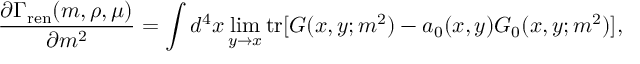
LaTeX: { \frac { \partial \Gamma _ { \mathrm { r e n } } ( m , \rho , \mu ) } { \partial m ^ { 2 } } } = \int d ^ { 4 } x \operatorname * { l i m } _ { y \to x } \mathrm { t r } [ G ( x , y ; m ^ { 2 } ) - a _ { 0 } ( x , y ) G _ { 0 } ( x , y ; m ^ { 2 } ) ] ,